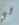
لي